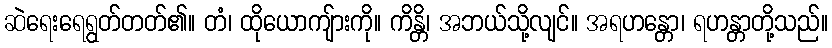
ဆဲရေးရေရွတ်တတ်၏။ တံ၊ ထိုယောကျ်ားကို။ ကိန္တိ၊ အဘယ်သို့လျင်။ အရဟန္တော၊ ရဟန္တာတို့သည်။